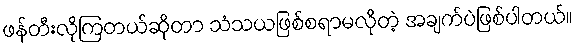
ဖန်တီးလိုကြတယ်ဆိုတာ သံသယဖြစ်စရာမလိုတဲ့ အချက်ပဲဖြစ်ပါတယ်။